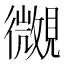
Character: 𧢒